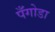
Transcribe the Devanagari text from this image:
पँगोडा